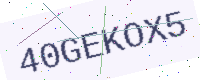
Text: 40GEKOX5